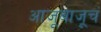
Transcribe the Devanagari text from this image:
आजूबाजूचं